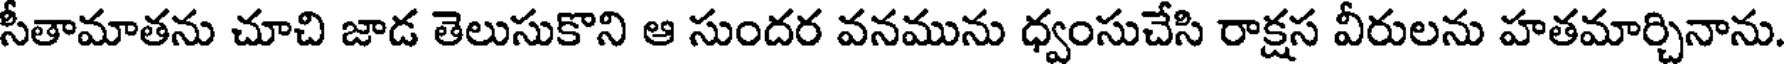
సీతామాతను చూచి జాడ తెలుసుకొని ఆ సుందర వనమును ధ్వంసుచేసి రాక్షస వీరులను హతమార్చినాను.